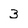
Character: 3